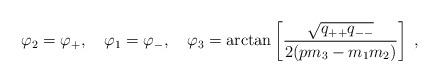
LaTeX: \begin{align*}\varphi_2 = \varphi_{+}, \quad\varphi_1 = \varphi_{-}, \quad\varphi_3 =\arctan\left[ \frac{\sqrt{q_{++} q_{--}}}{2(p m_3-m_1 m_2)} \right] \; ,\end{align*}